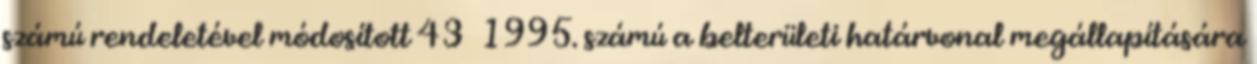
számú rendeletével módosított 43 1995. számú a belterületi határvonal megállapítására